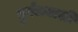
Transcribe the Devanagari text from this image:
दुर्गंधनाशी